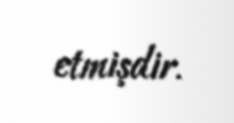
etmişdir.